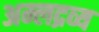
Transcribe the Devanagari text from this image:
अम्लद्रव्य